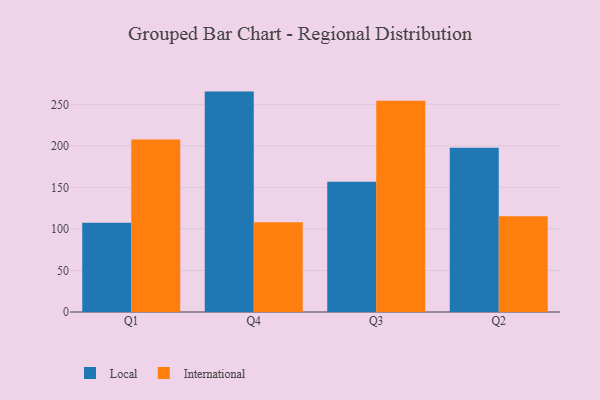
{"axis": {"x": "Quarter", "y": "Humidity (%)"}, "legend": ["International", "Local"], "data": [{"x": "Q1", "y": 107.6, "type": "Local"}, {"x": "Q1", "y": 207.6, "type": "International"}, {"x": "Q4", "y": 265.4, "type": "Local"}, {"x": "Q4", "y": 108.1, "type": "International"}, {"x": "Q3", "y": 156.7, "type": "Local"}, {"x": "Q3", "y": 254.3, "type": "International"}, {"x": "Q2", "y": 197.7, "type": "Local"}, {"x": "Q2", "y": 115.2, "type": "International"}]}